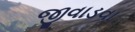
જીવાડવા